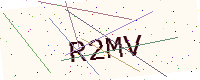
Text: R2MV